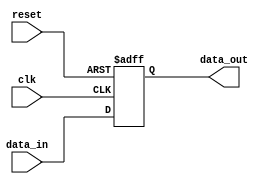
module fallback_bypass_register(
    input wire clk,
    input wire reset,
    input wire [7:0] data_in,
    output reg [7:0] data_out
);

reg [7:0] reg_data;

always @(posedge clk or posedge reset) begin
    if (reset)
        reg_data <= 8'b0;
    else
        reg_data <= data_in;
end

assign data_out = reg_data;

endmodule